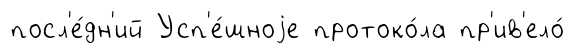
посл'е́дн'ий Усп'е́шноjе протоко́ла пр'ив'ело́